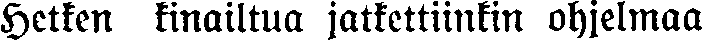
Hetken kinailtua jatkettiinkin ohjelmaa